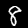
Digit: 8